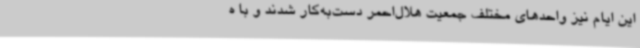
این ایام نیز واحدهای مختلف جمعیت هلال‌احمر دست‌به‌کار شدند و با ه